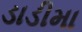
ડાડીમા